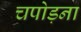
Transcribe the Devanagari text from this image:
चपोड़ना